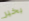
بخير